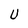
Character: u